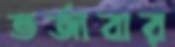
তর্জাবার